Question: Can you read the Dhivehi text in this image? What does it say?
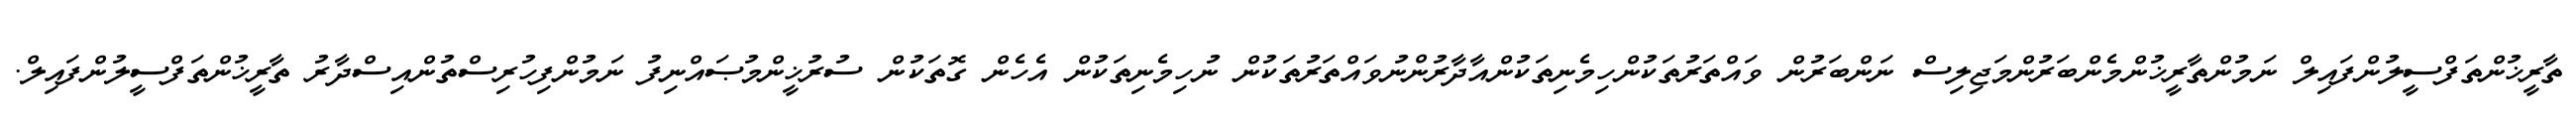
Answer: ތާރީޚުންތަފްސީލުންފައިލް ނަމުންތާރީޚުންމެންބަރުންމަޖިލިސް ނަންބަރުން ވައްތަރުތަކުންހިމެނިތަކުންއާދާރުންނުވައްތަރުތަކުން ނުހިމެނިތަކުން އެހެން ގޮތަކުން ސުރުޚީންމުޞައްނިފު ނަމުންފިހުރިސްތުންއިސްދާރު ތާރީޚުންތަފްސީލުންފައިލް.